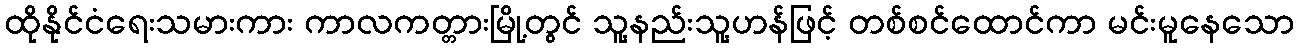
ထိုနိုင်ငံရေးသမားကား ကာလကတ္တားမြို့တွင် သူ့နည်းသူ့ဟန်ဖြင့် တစ်စင်ထောင်ကာ မင်းမူနေသော